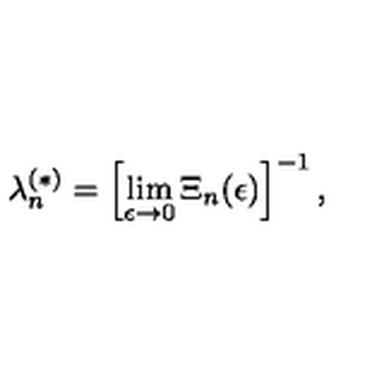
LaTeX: \lambda _ { n } ^ { ( \ast ) } = \left[ \lim _ { \epsilon \rightarrow 0 } \Xi _ { n } ( \epsilon ) \right] ^ { - 1 } ,